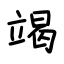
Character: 竭